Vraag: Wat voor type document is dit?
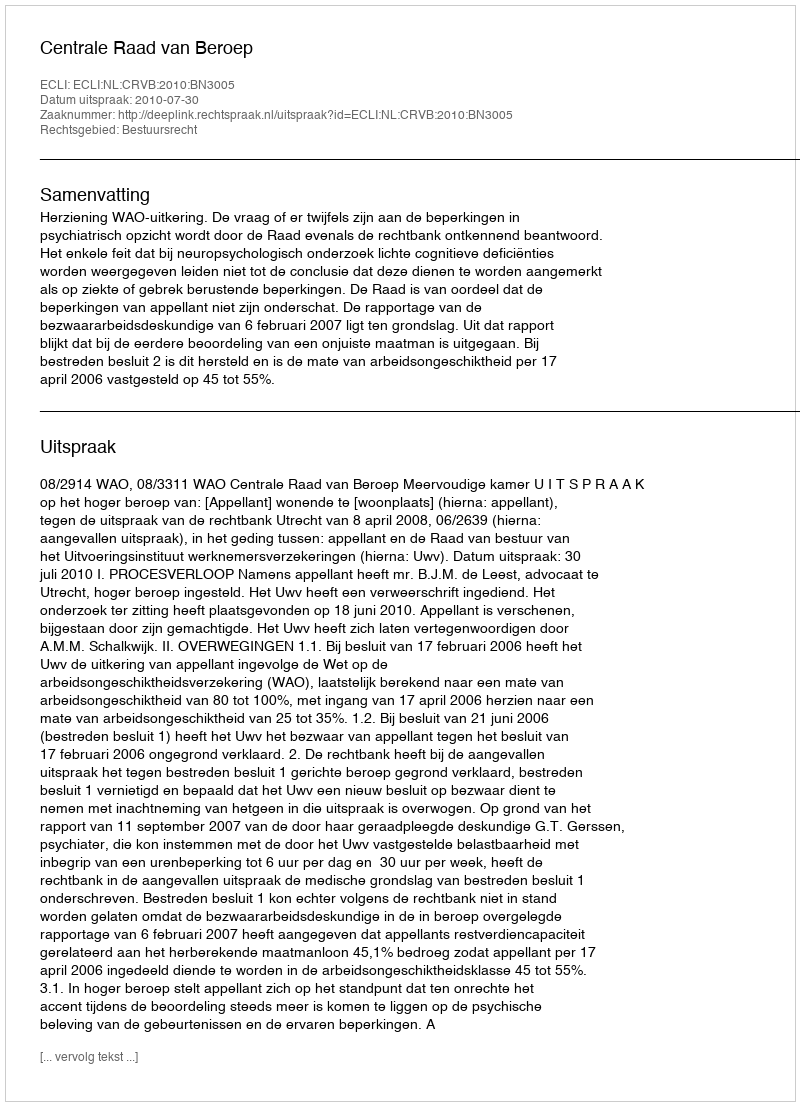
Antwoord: Uitspraak